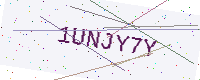
Text: 1UNJY7Y